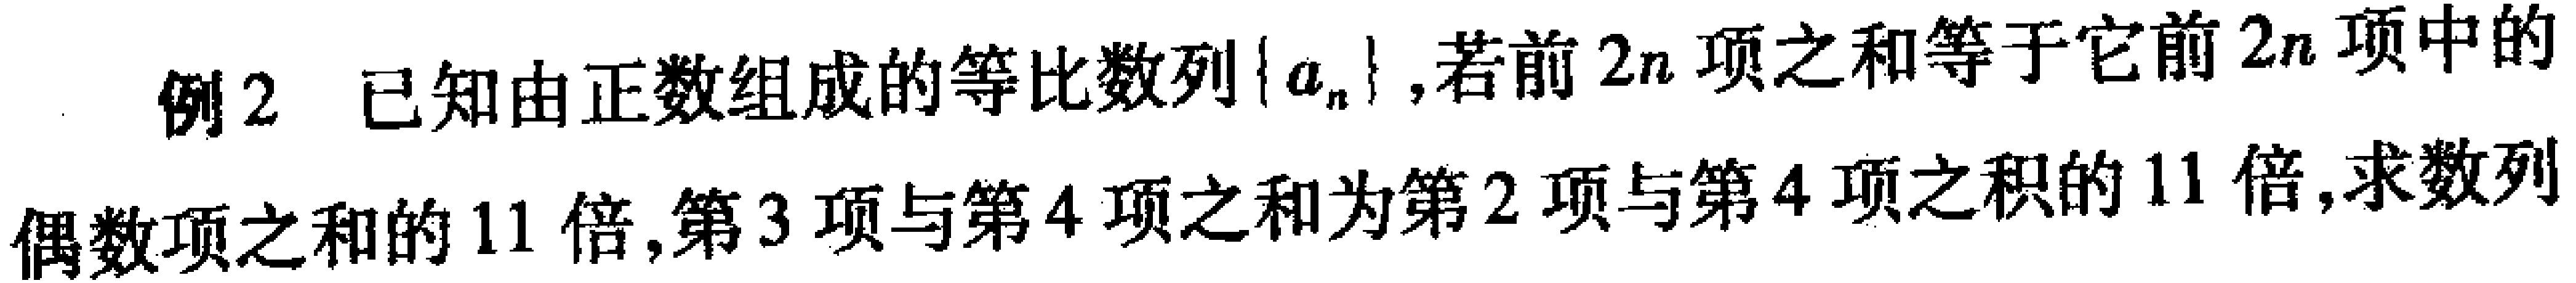
例2 已知由正数组成的等比数列\(\{a_{n}\}\)，若前\(2n\)项之和等于它前\(2n\)项中的偶数项之和的\(11\)倍，第\(3\)项与第\(4\)项之和为第\(2\)项与第\(4\)项之积的\(11\)倍，求数列